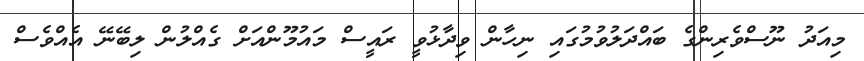
މިއަދު ނޫސްވެރިންގެ ބައްދަލުވުމުގައި ނިހާން ވިދާޅުވީ ރައީސް މައުމޫންއަށް ގެއްލުން ލިބޭނޭ އެއްވެސް